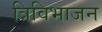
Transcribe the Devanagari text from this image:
त्रिविभाजन